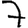
Digit: 7